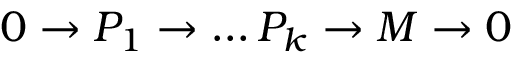
0 \to P _ { 1 } \to \dots P _ { k } \to M \to 0